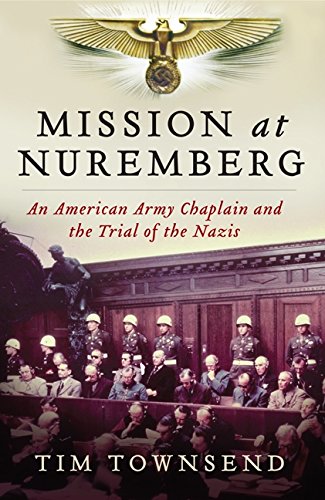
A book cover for Mission at Nuremberg: An American Army Chaplain and the Trial of the Nazis; Tim Townsend; Christian Books & Bibles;